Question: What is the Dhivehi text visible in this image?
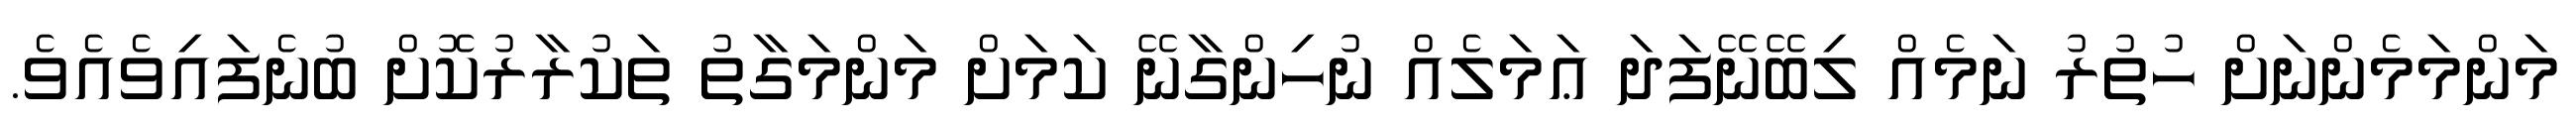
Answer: މަންމަމެންނަށް ހުތުރު ނަމެއް ލިބޭނޭފަދަ ޢަމަލެއް ނުހިންގާނޭ ކަމަށް މަންމަގާތު ތަކުރާރުކޮށް ބުނެފައިވެއެވެ.